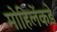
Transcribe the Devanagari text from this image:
मोहिलेंकडे